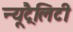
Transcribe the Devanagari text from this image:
न्यूट्रैलिटी